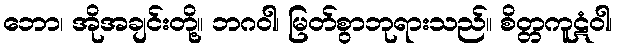
ဘော၊ အိုအချင်းတို့။ ဘဂဝါ၊ မြတ်စွာဘုရားသည်။ စိတ္တကူဋံဝါ၊